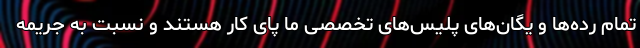
تمام رده‌ها و یگان‌های پلیس‌های تخصصی ما پای کار هستند و نسبت به جریمه